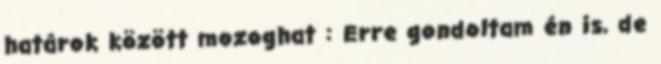
határok között mozoghat : Erre gondoltam én is, de